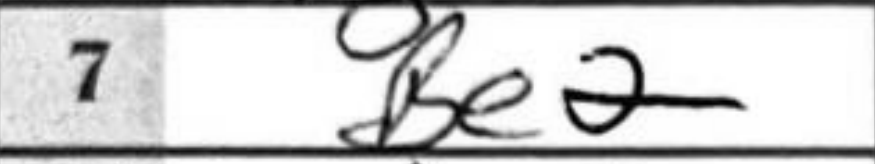
Transcription: Be2